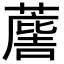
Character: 𮑯